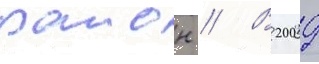
раион // В 2009